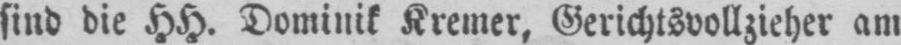
sind die HH. Dominik Kremer, Gerichtsvollzieher am